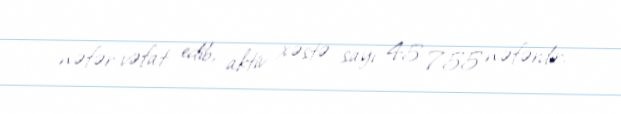
nəfər vəfat edib, aktiv xəstə sayı 45 755 nəfərdir.